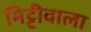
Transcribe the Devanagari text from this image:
मिट्टीवाला